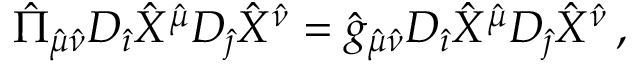
{ \hat { \Pi } } _ { { \hat { \mu } } { \hat { \nu } } } { \cal D } _ { \hat { \imath } } { \hat { X } } ^ { \hat { \mu } } { \cal D } _ { \hat { \jmath } } { \hat { X } } ^ { \hat { \nu } } = { \hat { g } } _ { { \hat { \mu } } { \hat { \nu } } } D _ { \hat { \imath } } { \hat { X } } ^ { \hat { \mu } } D _ { \hat { \jmath } } { \hat { X } } ^ { \hat { \nu } } \, ,